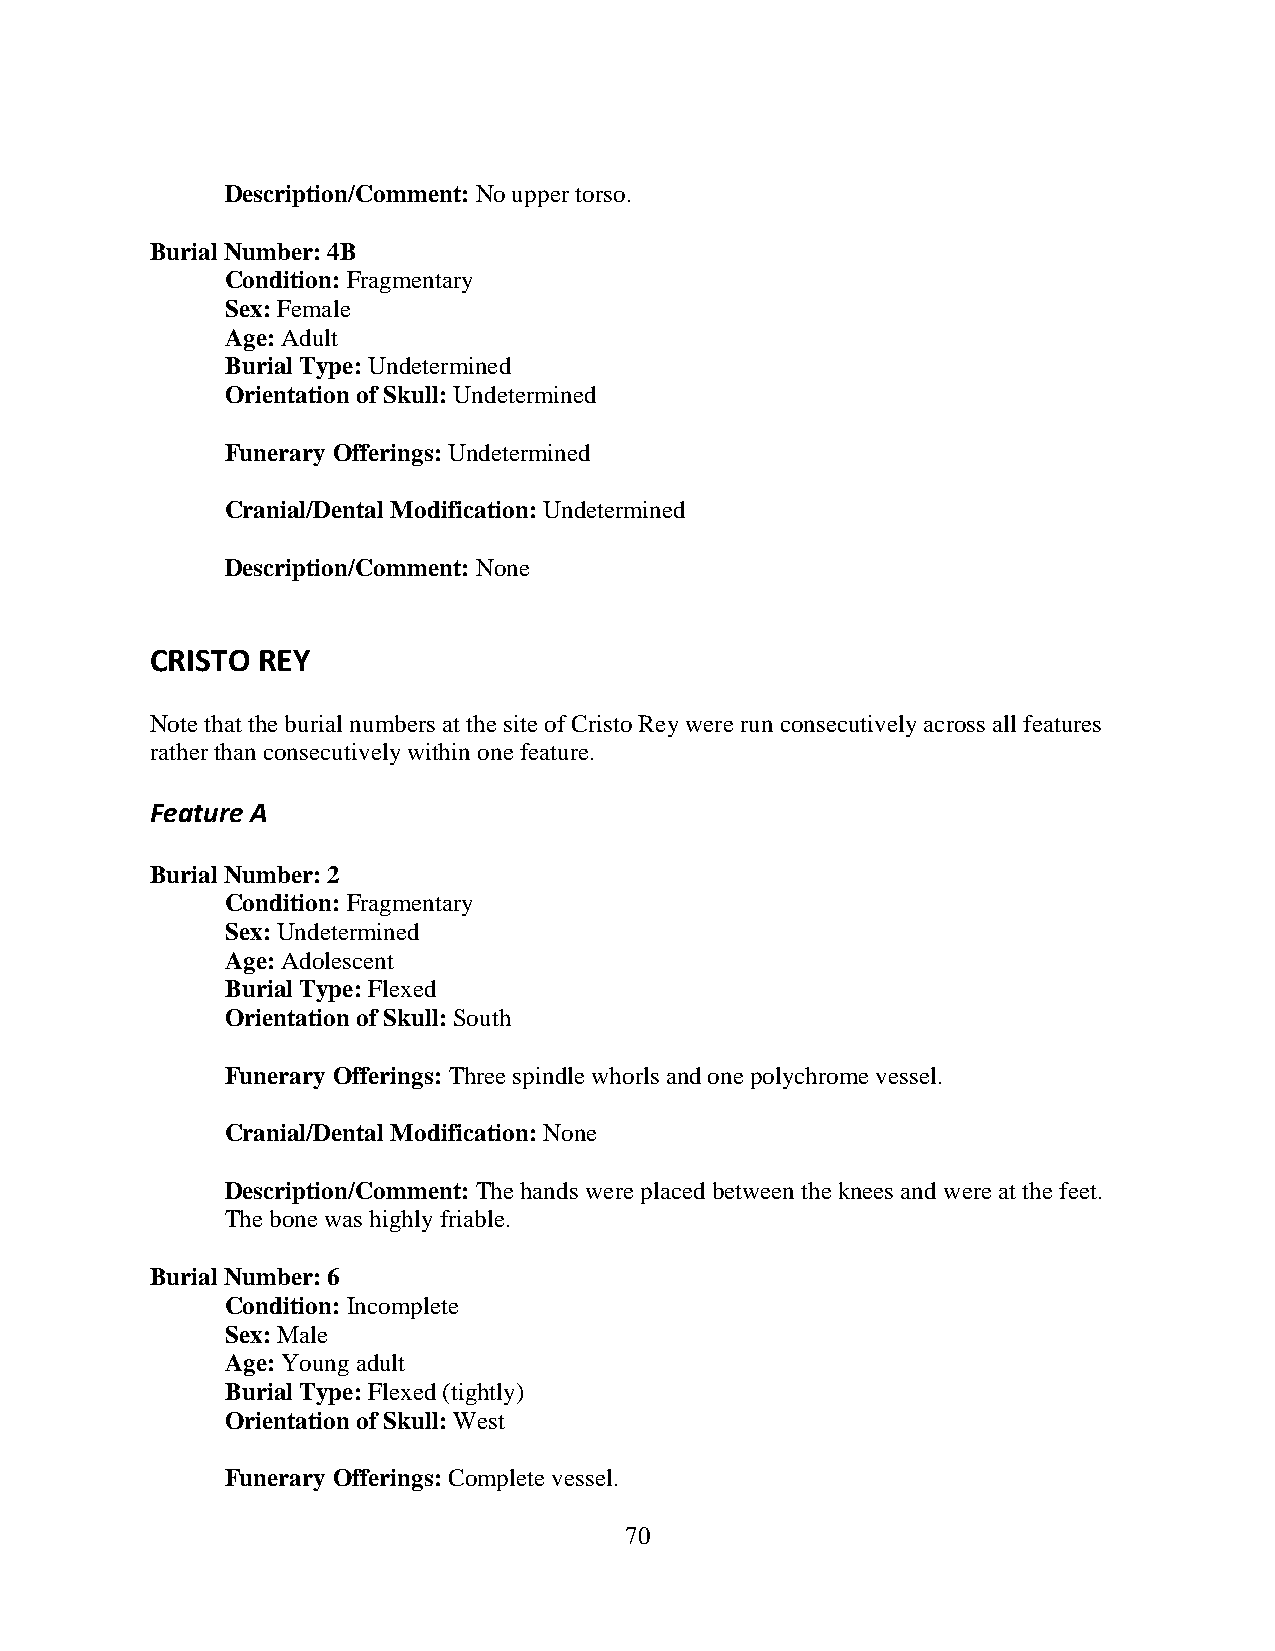
Description/Comment: No upper torso.
 Burial Number: 4B
 Condition: Fragmentary
 Sex: Female
 Age: Adult
 Burial Type: Undetermined
 Orientation of Skull: Undetermined
 Funerary Offerings: Undetermined
 Cranial/Dental Modification: Undetermined
 Description/Comment: None
 CRISTO REY
 Note that the burial numbers at the site of Cristo Rey were run consecutively across all features
 rather than consecutively within one feature.
 Feature A
 Burial Number: 2
 Condition: Fragmentary
 Sex: Undetermined
 Age: Adolescent
 Burial Type: Flexed
 Orientation of Skull: South
 Funerary Offerings: Three spindle whorls and one polychrome vessel.
 Cranial/Dental Modification: None
 Description/Comment: The hands were placed between the knees and were at the feet.
 The bone was highly friable.
 Burial Number: 6
 Condition: Incomplete
 Sex: Male
 Age: Young adult
 Burial Type: Flexed (tightly)
 Orientation of Skull: West
 Funerary Offerings: Complete vessel.
 70